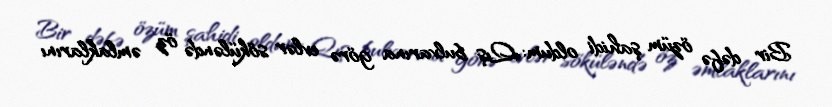
Bir dəfə özüm şahidi oldum: Qış bulvarına görə evlər söküləndə öz əmlaklarını